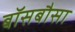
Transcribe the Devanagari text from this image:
बॉसबौसा